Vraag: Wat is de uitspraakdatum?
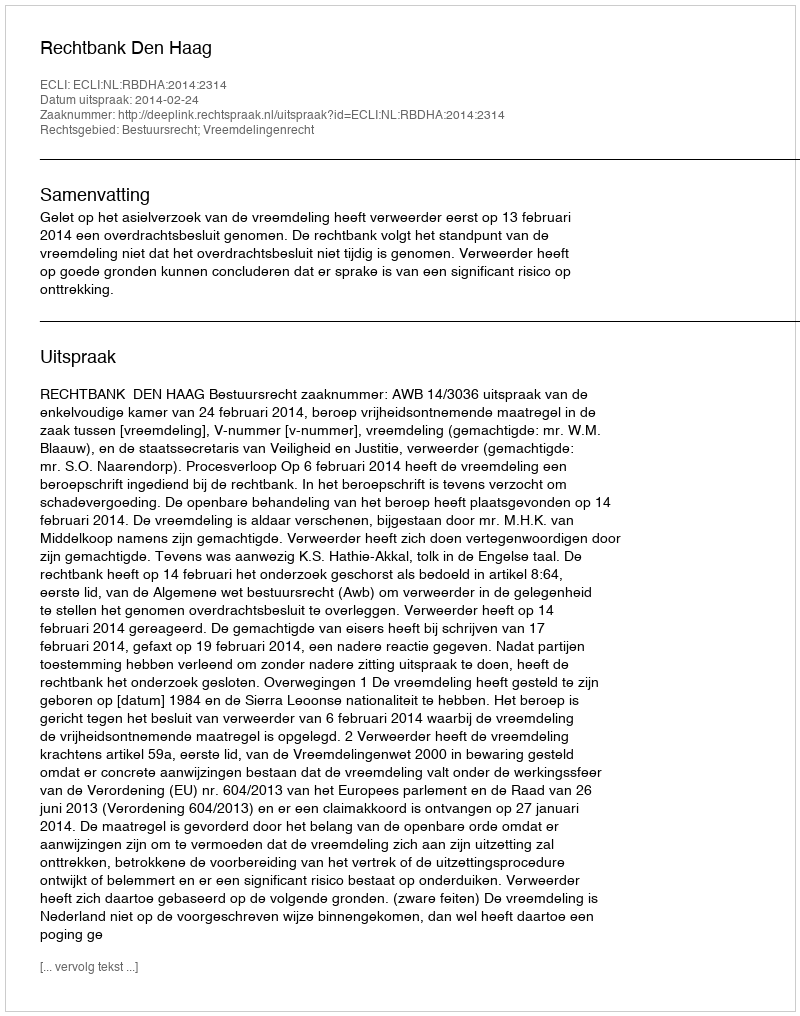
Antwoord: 2014-02-24